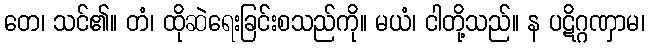
တေ၊ သင်၏။ တံ၊ ထိုဆဲရေးခြင်းစသည်ကို။ မယံ၊ ငါတို့သည်။ န ပဋိဂ္ဂဏှာမ၊